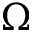
\Omega